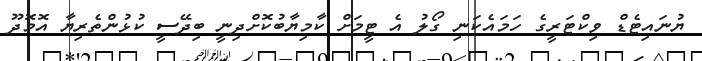
ޔުނައިޓެޑް ވިކްޓަރީގެ ހަމައެކަނި ގޯލު އެ ޓީމަށް ކާމިޔާބުކޮށްދިނީ ބިދޭސީ ކުޅުންތެރިޔާ އޮމޮދޫ